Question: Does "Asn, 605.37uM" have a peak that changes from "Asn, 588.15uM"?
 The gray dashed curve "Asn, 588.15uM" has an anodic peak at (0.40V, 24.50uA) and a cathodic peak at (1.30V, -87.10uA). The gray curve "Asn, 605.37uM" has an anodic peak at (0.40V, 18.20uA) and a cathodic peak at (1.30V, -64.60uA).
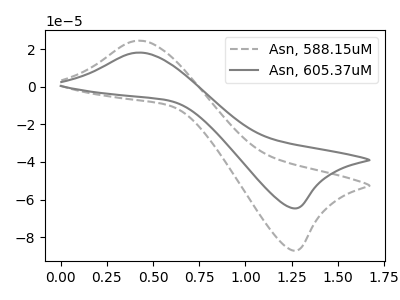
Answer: <think>All the peaks in "Asn, 605.37uM" have a peak in "Asn, 588.15uM" at the same potential. Every peak in "Asn, 605.37uM" is lower than every peak in "Asn, 588.15uM".
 </think>
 <answer>No, "Asn, 605.37uM" and "Asn, 588.15uM" don't appear to be significantly different in shape</answer>
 <eval>no_change</eval>